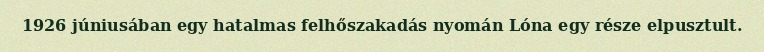
1926 júniusában egy hatalmas felhőszakadás nyomán Lóna egy része elpusztult.